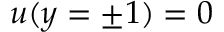
\boldsymbol { u } ( y = \pm 1 ) = \boldsymbol { 0 }